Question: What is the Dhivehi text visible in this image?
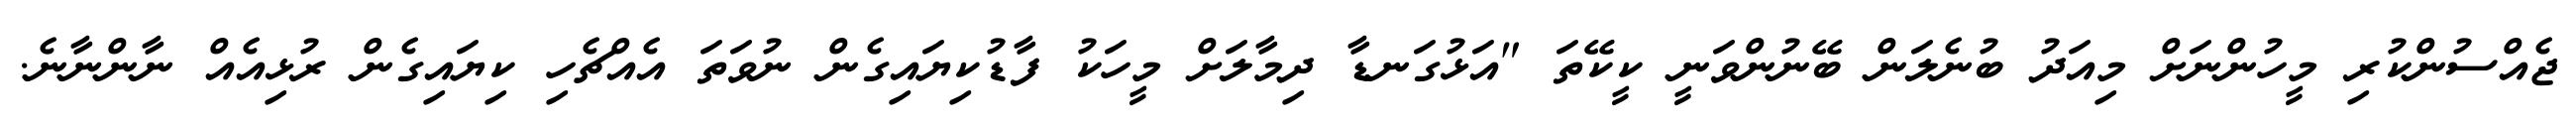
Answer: ޖެއްސުންކުރި މީހުންނަށް މިއަދު ބުނެލަން ބޭނުންވަނީ ކީކޭތަ "އަޅުގަނޑާ ދިމާލަށް މީހަކު ފާޑުކިޔައިގެން ނުވަތަ އެއްޗެހި ކިޔައިގެން ރުޅިއެއް ނާންނާނެ.